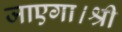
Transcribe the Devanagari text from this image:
जाएगा।श्री